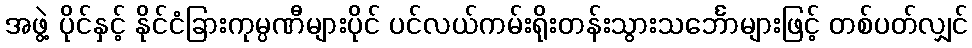
အဖွဲ့ ပိုင်နှင့် နိုင်ငံခြားကုမ္ပဏီများပိုင် ပင်လယ်ကမ်းရိုးတန်းသွားသင်္ဘောများဖြင့် တစ်ပတ်လျှင်